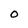
Character: O